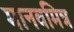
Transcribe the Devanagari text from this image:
मानवमित्र